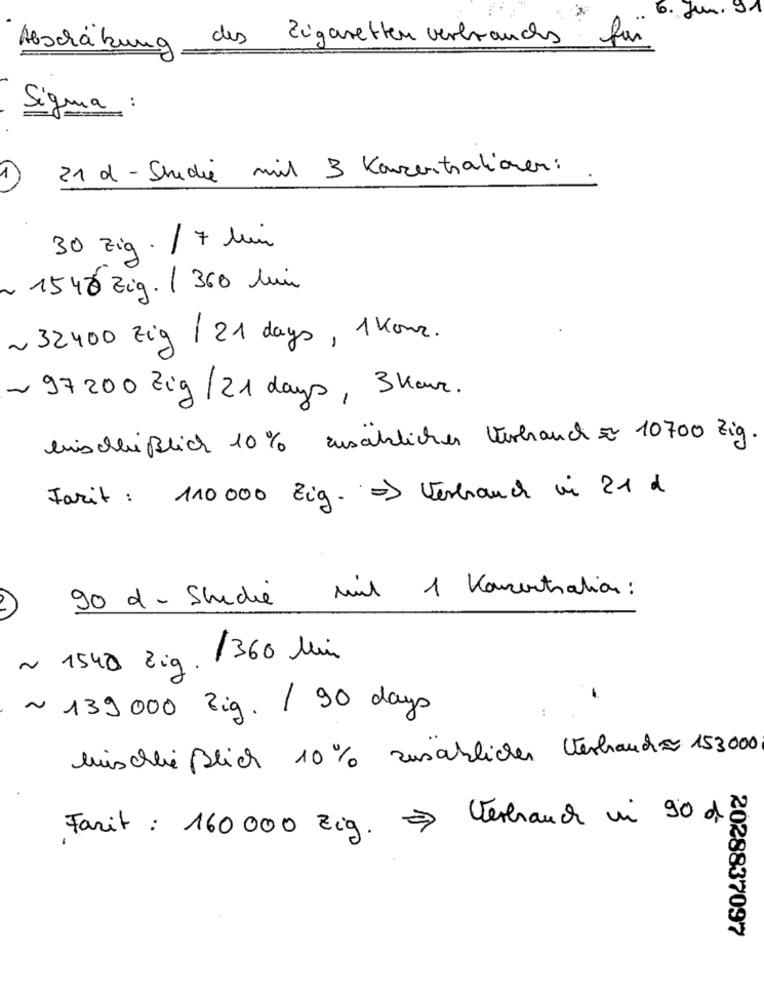
6. Jun.
Abschätzung des Zigaretten verbrauchs für
Sigma :
..
21 d - Studie mil 3 Konzentrationen:
30 zig . / 7 bin
~ 1540 Zig. / 360 hun
~ 32400 Zig / 21 days , 1 Kon.
~ 97200 Zig /21 days, 3 km.
einschließlich 10% zusächlicher Verhauch € 10700 Zig.
Fazit : 110000 Zig. = > Verhauch in 21 d
90 d- Shedie mil 1 Konzentration:
~ 1548 Zig. /360 Min
~ 139000 Zig. / 90 days
lischließlich 10% zusachlicher Verhauch 153000
Farit : 160000 zig. > Verhauch in 90 de
2028837097